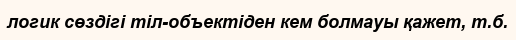
логик сөздігі тіл-объектіден кем болмауы қажет, т.б.